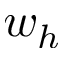
w _ { h }